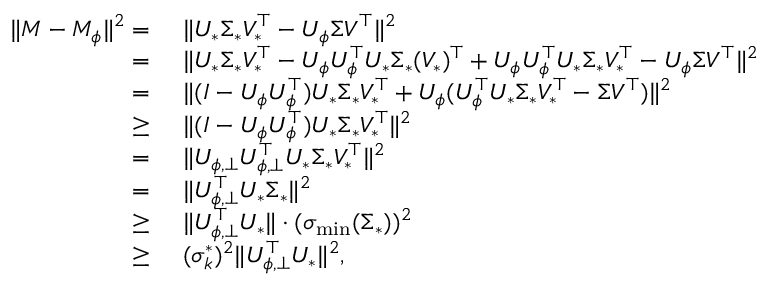
\begin{array} { r l } { \| M - M _ { \phi } \| ^ { 2 } = } & { ~ \| U _ { * } \Sigma _ { * } V _ { * } ^ { \top } - U _ { \phi } \Sigma V ^ { \top } \| ^ { 2 } } \\ { = } & { ~ \| U _ { * } \Sigma _ { * } V _ { * } ^ { \top } - U _ { \phi } U _ { \phi } ^ { \top } U _ { * } \Sigma _ { * } ( V _ { * } ) ^ { \top } + U _ { \phi } U _ { \phi } ^ { \top } U _ { * } \Sigma _ { * } V _ { * } ^ { \top } - U _ { \phi } \Sigma V ^ { \top } \| ^ { 2 } } \\ { = } & { ~ \| ( I - U _ { \phi } U _ { \phi } ^ { \top } ) U _ { * } \Sigma _ { * } V _ { * } ^ { \top } + U _ { \phi } ( U _ { \phi } ^ { \top } U _ { * } \Sigma _ { * } V _ { * } ^ { \top } - \Sigma V ^ { \top } ) \| ^ { 2 } } \\ { \geq } & { ~ \| ( I - U _ { \phi } U _ { \phi } ^ { \top } ) U _ { * } \Sigma _ { * } V _ { * } ^ { \top } \| ^ { 2 } } \\ { = } & { ~ \| U _ { \phi , \bot } U _ { \phi , \bot } ^ { \top } U _ { * } \Sigma _ { * } V _ { * } ^ { \top } \| ^ { 2 } } \\ { = } & { ~ \| U _ { \phi , \bot } ^ { \top } U _ { * } \Sigma _ { * } \| ^ { 2 } } \\ { \geq } & { ~ \| U _ { \phi , \bot } ^ { \top } U _ { * } \| \cdot ( \sigma _ { \operatorname* { m i n } } ( \Sigma _ { * } ) ) ^ { 2 } } \\ { \geq } & { ~ ( \sigma _ { k } ^ { * } ) ^ { 2 } \| U _ { \phi , \bot } ^ { \top } U _ { * } \| ^ { 2 } , } \end{array}